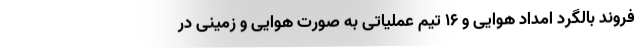
فروند بالگرد امداد هوایی و ۱۶ تیم عملیاتی به صورت هوایی و زمینی در